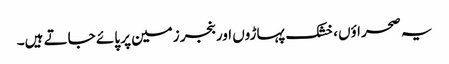
یہ صحراؤں، خشک پہاڑوں اور بنجر زمین پر پائے جاتے ہیں۔